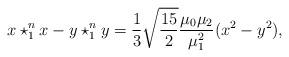
LaTeX: \begin{align*}x\star_{1}^{n} x-y\star_{1}^{n} y=\frac{1}{3}\sqrt{\frac{15}{2}}\frac{\mu_{0}\mu_{2}}{\mu_{1}^{2}}(x^{2}-y^{2}),\end{align*}